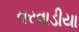
વરવાડીયા